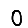
Digit: 0